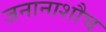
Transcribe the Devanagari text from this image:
जनानाशौच